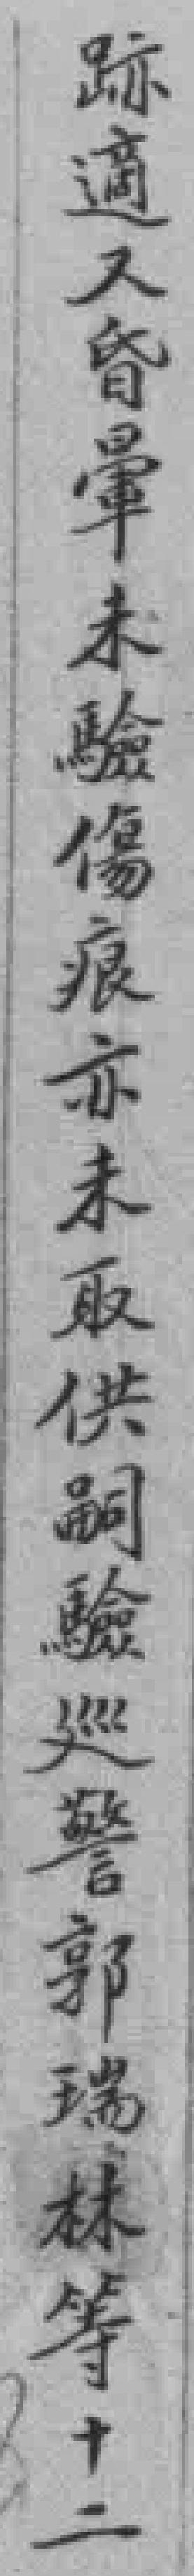
跡適又昏暈未驗傷痕亦未取供嗣驗巡警郭瑞林等十二